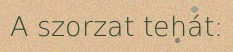
A szorzat tehát: